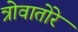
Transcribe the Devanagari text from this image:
त्रोवातोरे